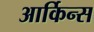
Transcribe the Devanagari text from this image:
आर्किन्स